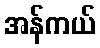
အန်ကယ်